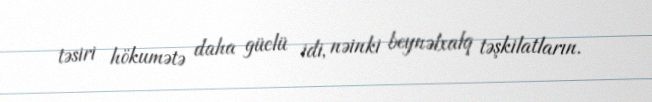
təsiri hökumətə daha güclü idi, nəinki beynəlxalq təşkilatların.